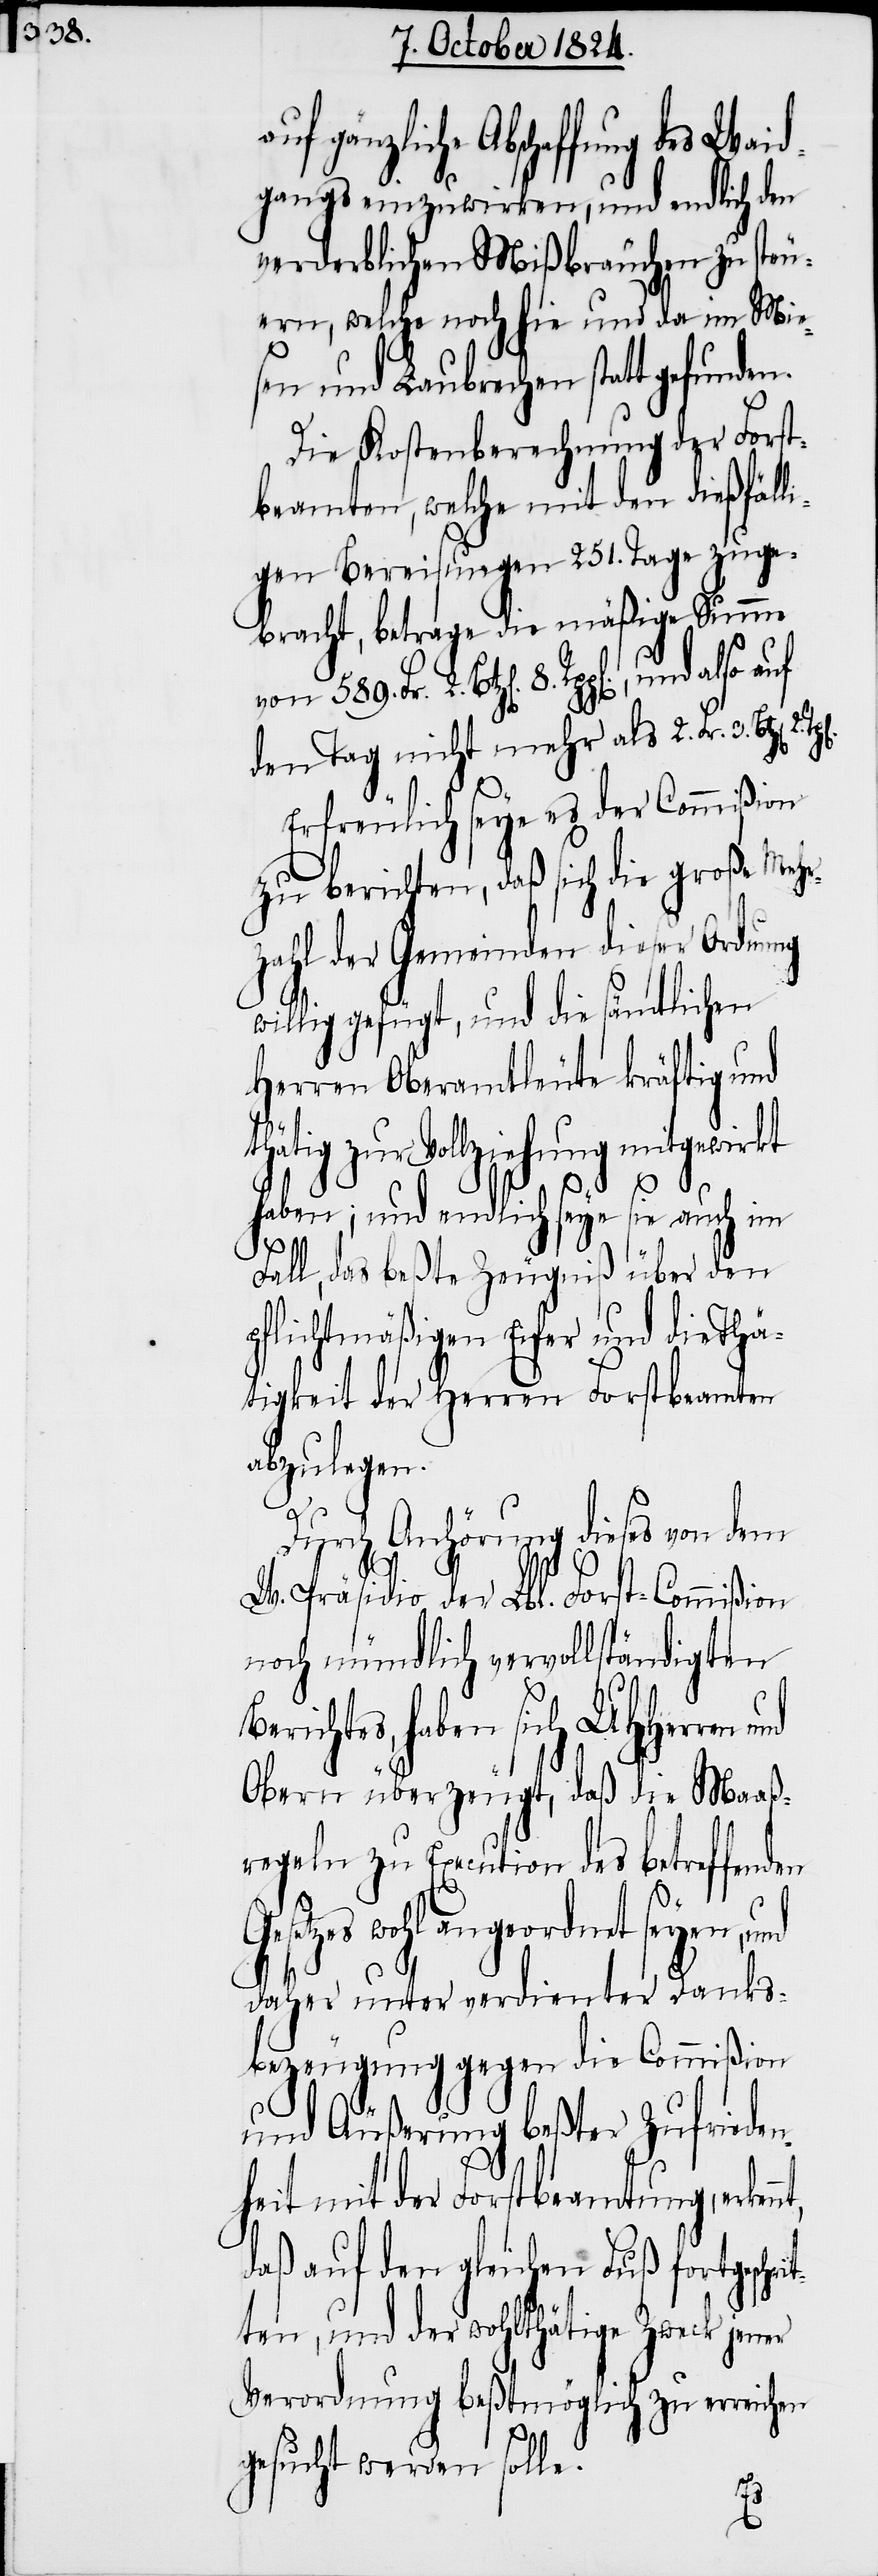
gangs einzuwirken, und endlich den
verderblichen Mißbräuchen zu steu¬
ern, welche noch hie und da im Mie¬
Die Kostenberechnung der Forst¬
beamten, welche mit den dießfäll¬
igen Bereisungen 251. Tage zuge¬
bracht, betrage die mäßige Summe
von 589. Fr. 2. Btz[en]. 8.
den Tag nicht mehr als 2. Fr. 3.
zu berichten, daß sich die große Mehr¬
zahl der Gemeinden dieser Ordnung
willig gefügt, und die sämtlichen
Herren Oberamtleute kräftig und
thätig zu Vollziehung mitgewirkt
haben; und endlich seye sie auch im
rit¬
Fall, das beßte Zeugniß über den
pflichtmäßigen Eifer und die Thä¬
tigkeit der Herren Forstbeamten
abzulegen.
Durch Anhörung dieses von dem
W. Präsidio der Lbl. Forst-Commißion
noch mündlich vervollständigten
Berichtes, haben sich UHHerren
Obern überzeugt, daß die Maaß¬
regeln zu Execution des betreffenden
seyen, und
daher unter verdienter Danks¬
bezeugung gegen die Commißion
und Äußerung beßter Zufrieden¬
heit mit der Forstbeamtung, erken¬
daß auf den gleichen Fuß fortgesch¬
ten, und der wohlthätige Zweck jener
Verordnung beßtmöglich zu erreichen
gesucht werden solle.